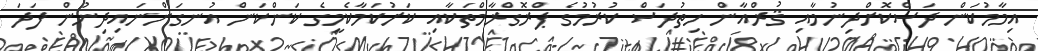
އިމާމުކަން ދަސްކޮށްދިނުމާއި ޤުރްއާން ހިތުދަސް ކުރުމުގެ ޕްރޮގްރާމްތަކާއި ކަށުކަމާކެމީގެ ކަންކަން އުނގަންނައިދިނުން ފަދަ